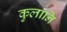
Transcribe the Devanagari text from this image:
कुलानि